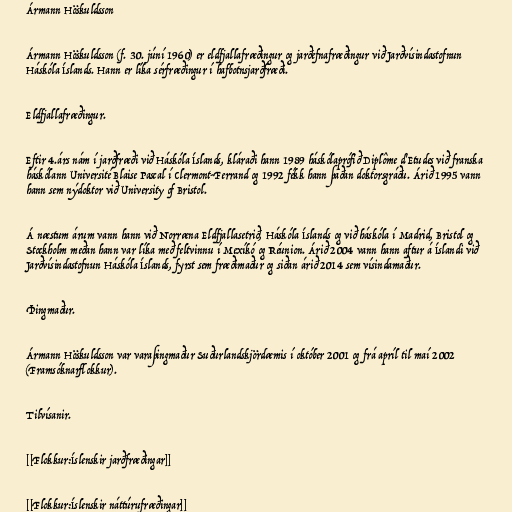
Ármann Höskuldsson

Ármann Höskuldsson (f. 30. júní 1960) er eldfjallafræðingur og jarðefnafræðingur við Jarðvísindastofnun
Háskóla Íslands. Hann er líka sérfræðingur í hafbotnsjarðfræði.

Eldfjallafræðingur.

Eftir 4.árs nám í jarðfræði við Háskóla Íslands, kláraði hann 1989 háskólaprófið Diplôme d'Etudes við franska
háskólann Université Blaise Pascal í Clermont-Ferrand og 1992 fékk hann þaðan doktorsgráðu. Árið 1995 vann
hann sem nýdoktor við University of Bristol.

Á næstum árum vann hann við Norræna Eldfjallasetrið, Háskóla Íslands og við háskóla í Madrid, Bristol og
Stockholm meðan hann var líka með feltvinnu í Mexíkó og Réunion. Árið 2004 vann hann aftur á Íslandi við
Jarðvísindastofnun Háskóla Íslands, fyrst sem fræðimaður og siðan árið 2014 sem vísindamaður.

Þingmaður.

Ármann Höskuldsson var varaþingmaður Suðurlandskjördæmis í október 2001 og frá apríl til maí 2002
(Framsóknarflokkur).

Tilvísanir.

[[Flokkur:Íslenskir jarðfræðingar]]

[[Flokkur:Íslenskir náttúrufræðingar]]